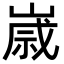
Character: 𡻕